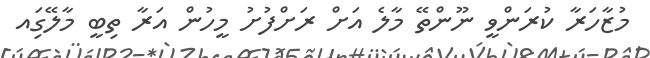
މުޒާހަރާ ކުރަންވީ ނޫންތޭ މާލެ އަށް ރަށްފުށު މީހުން އަރާ ތިބީ މާލޭގަިއ